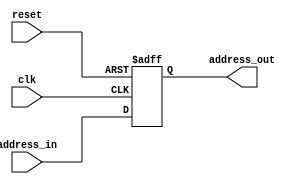
module ProgramCounter(address_in, clk, reset, address_out);
input [31:0] address_in;
input clk;
input reset;
output reg [31:0] address_out;

always @(posedge clk or negedge reset)
begin
    if (!reset)
    begin
        address_out <= 32'd0;
    end
   
    else
    begin
        address_out <= address_in;
    end
end
endmodule